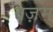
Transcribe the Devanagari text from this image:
वज़म